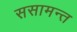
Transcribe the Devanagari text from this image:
ससामन्त